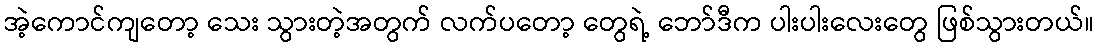
အဲ့ကောင်ကျတော့ သေး သွားတဲ့အတွက် လက်ပတော့ တွေရဲ့ ဘော်ဒီက ပါးပါးလေးတွေ ဖြစ်သွားတယ်။